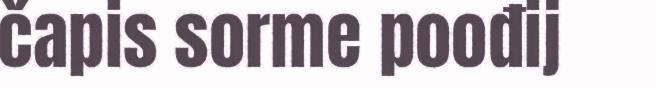
čapis sorme poođij